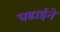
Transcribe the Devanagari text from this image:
चढाईने